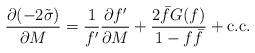
LaTeX: \begin{align*}\frac{\partial(-2\tilde\sigma)}{\partial M} =\frac{1}{f'}\frac{\partial f'}{\partial M} +\frac{2 \bar fG(f)}{1-f\bar f}+ {\rm c.c.}\end{align*}